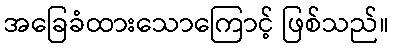
အခြေခံထားသောကြောင့် ဖြစ်သည်။